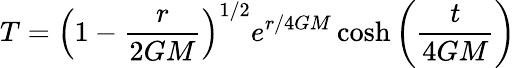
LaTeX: T=\left(1-{\frac{r}{2GM}}\right)^{1/2}e^{r/4GM}\cosh\left({\frac{t}{4GM}}\right)